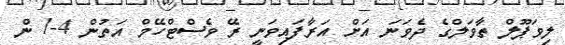
ލިވަޕޫލް ތާވަލްގެ ދެވަނަ އަށް އަރާފައިވަނީ ރޭ ވެސްޓްހޭމް އަތުން 4-1 ން